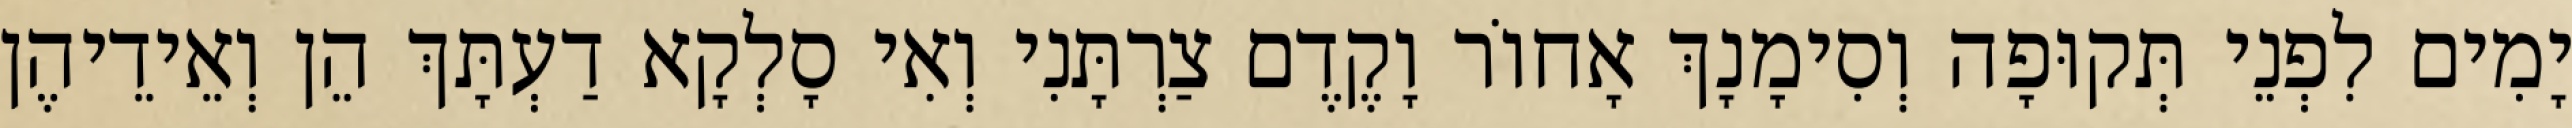
יָמִים לִפְנֵי תְּקוּפָה וְסִימָנָךְ אָחוֹר וָקֶדֶם צַרְתָּנִי וְאִי סָלְקָא דַעְתָּךְ הֵן וְאֵידֵיהֶן